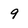
Character: 9